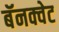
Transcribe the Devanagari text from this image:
बॅनक्वेट